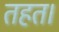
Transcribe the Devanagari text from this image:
तहत।